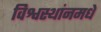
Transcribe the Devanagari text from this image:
विश्वस्थांनमधे